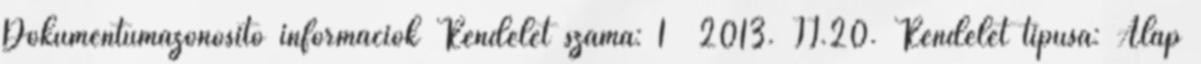
Dokumentumazonosító információk Rendelet száma: 1 2013. II.20. Rendelet típusa: Alap